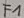
Text: F1